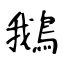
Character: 鵝